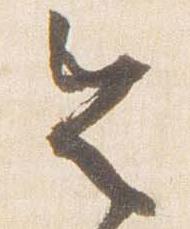
令